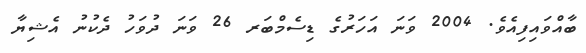
ބާއްވައިފިއެވެ. 2004 ވަނަ އަހަރުގެ ޑިސެމްބަރ 26 ވަނަ ދުވަހު ދެކުނު އެޝިޔާ